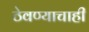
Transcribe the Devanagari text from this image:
ठेवण्याचाही